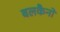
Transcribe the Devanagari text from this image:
बलकैनो